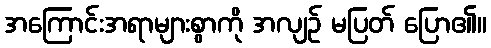
အကြောင်းအရာများစွာကို အလျဉ် မပြတ် ပြော၏။